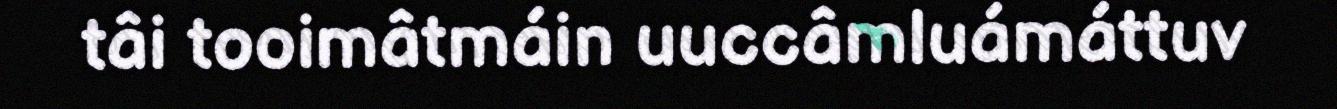
tâi tooimâtmáin uuccâmluámáttuv